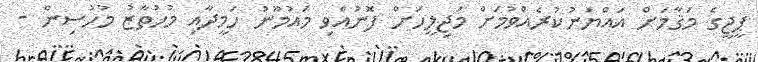
ޕީޖީގެ މަޤާމަށް އައްޔަނުކުރެއްވުމަށް މަޖިލީހަށް ފޮނުއްވި މައުމޫނު ހަމީދާއި މުހުތާޒު މުހުސިން -